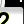
Digit: 2